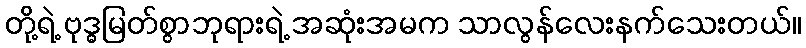
တို့ရဲ့ ဗုဒ္ဓမြတ်စွာဘုရားရဲ့ အဆုံးအမက သာလွန်လေးနက်သေးတယ်။